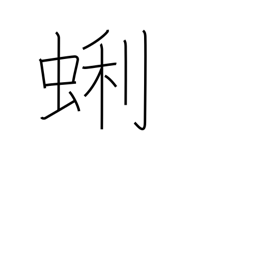
Meaning: a kind of bivalve